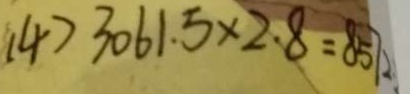
( 4 ) 3 0 6 1 . 5 \times 2 . 8 = 8 5 7 2